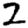
Digit: 2